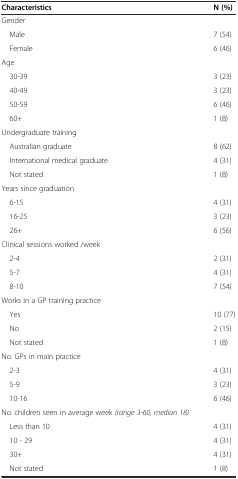
| Characteristics | N (%) |
 | --- | --- |
 | Gender |  |
 | Male | 7 (54) |
 | Female | 6 (46) |
 | Age |  |
 | 30-39 | 3 (23) |
 | 40-49 | 3 (23) |
 | 50-59 | 6 (46) |
 | 60+ | 1 (8) |
 | Undergraduate training |  |
 | Australian graduate | 8 (62) |
 | International medical graduate | 4 (31) |
 | Not stated | 1 (8) |
 | Years since graduation |  |
 | 6-15 | 4 (31) |
 | 16-25 | 3 (23) |
 | 26+ | 6 (56) |
 | Clinical sessions worked /week |  |
 | 2-4 | 2 (31) |
 | 5-7 | 4 (31) |
 | 8-10 | 7 (54) |
 | Works in a GP training practice |  |
 | Yes | 10 (77) |
 | No | 2 (15) |
 | Not stated | 1 (8) |
 | No. GPs in main practice |  |
 | 2-3 | 4 (31) |
 | 5-9 | 3 (23) |
 | 10-16 | 6 (46) |
 | No. children seen in average week (range 3-60, median 18) |  |
 | Less than 10 | 4 (31) |
 | 10 - 29 | 4 (31) |
 | 30+ | 4 (31) |
 | Not stated | 1 (8) |